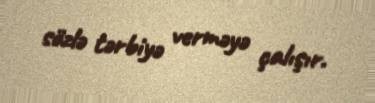
sözlə tərbiyə verməyə çalışır.